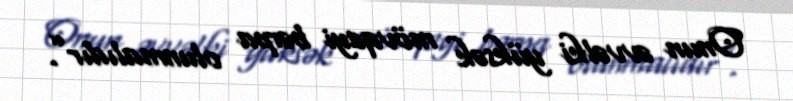
Onun əvvəlki yüksək mövqeyi bərpa olunmalıdır”.